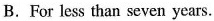
B. For less than seven years.